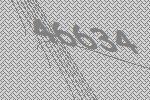
46634